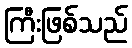
ကြီးဖြစ်သည်